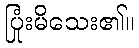
ပြုံးမိသေး၏။